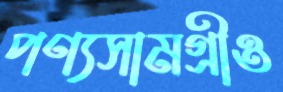
পণ্যসামগ্রীও